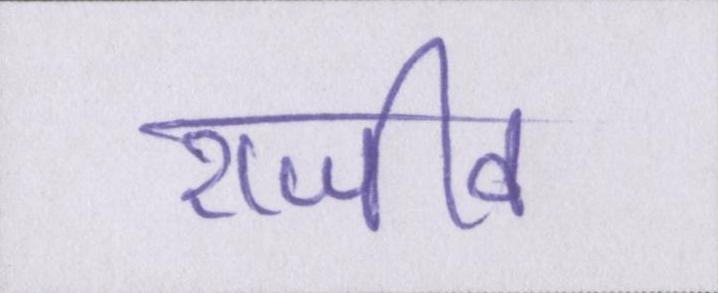
राजीव